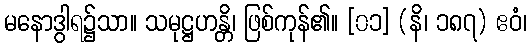
မနောဒွါရ၌သာ။ သမုဋ္ဌဟန္တိ၊ ဖြစ်ကုန်၏။ [၀၁] (နိ၊ ၁၈၇) ဧဝံ၊